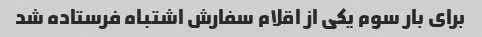
برای بار سوم یکی از اقلام سفارش اشتباه فرستاده شد